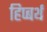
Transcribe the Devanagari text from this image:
हिप्बर्थ